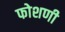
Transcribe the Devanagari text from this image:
फोशणी